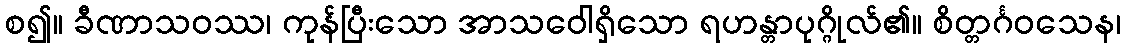
စ၍။ ခီဏာသဝဿ၊ ကုန်ပြီးသော အာသဝေါရှိသော ရဟန္တာပုဂ္ဂိုလ်၏။ စိတ္တင်္ဂဝသေန၊